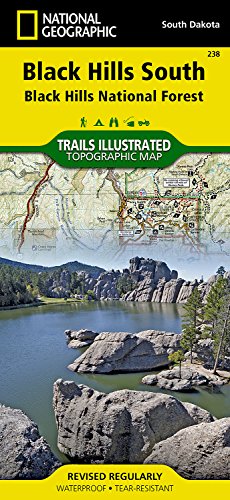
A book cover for Black Hills South [Black Hills National Forest] (National Geographic Trails Illustrated Map); National Geographic Maps - Trails Illustrated; Travel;